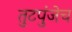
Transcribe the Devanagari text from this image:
तुटपुंजेच